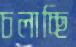
চলাচ্ছি